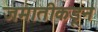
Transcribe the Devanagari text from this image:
जमातीकडून